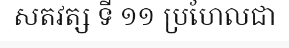
សតវត្ស ទី ១១ ប្រហែលជា